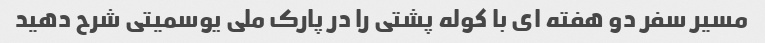
مسیر سفر دو هفته ای با کوله پشتی را در پارک ملی یوسمیتی شرح دهید